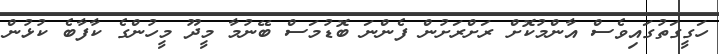
ހަގީގަތުގައިވެސް އާންމުކޮށް ރަށްރަށުން ފެންނަ ބޮޑުމަސް ބޭނުމާ މީދޫ މީހުންގެ ކާފާބެ ކުޅުން